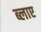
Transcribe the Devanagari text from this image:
ब्लाए